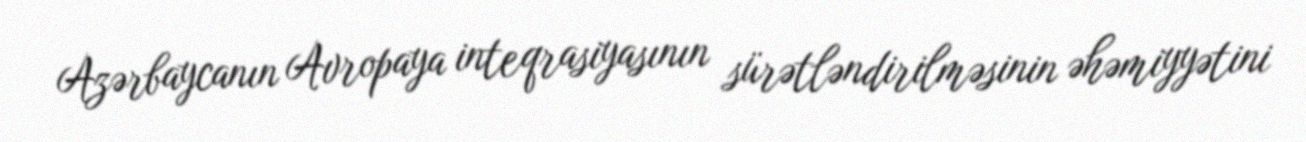
Azərbaycanın Avropaya inteqrasiyasının sürətləndirilməsinin əhəmiyyətini